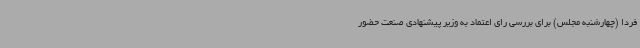
فردا (چهارشنبه مجلس) برای بررسی رای اعتماد به وزیر پیشنهادی صنعت حضور